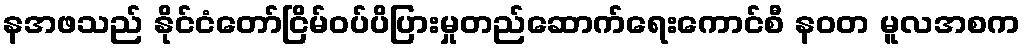
နအဖသည် နိုင်ငံတော်ငြိမ်ဝပ်ပိပြားမှုတည်ဆောက်ရေးကောင်စီ နဝတ မူလအစက